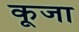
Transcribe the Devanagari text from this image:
कूजा